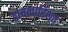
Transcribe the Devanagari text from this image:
द्वाचत्वारिंशत्